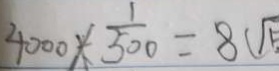
4 0 0 0 \times \frac { 1 } { 5 0 0 } = 8 ( \sqrt { 5 }